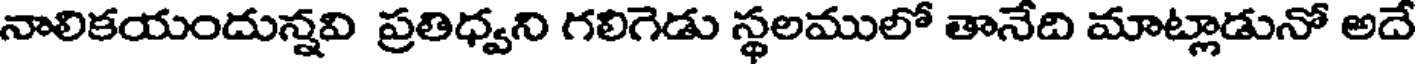
నాలికయందున్నవి ప్రతిధ్వని గలిగెడు స్థలములో తానేది మాట్లాడునో అదే